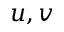
u , v